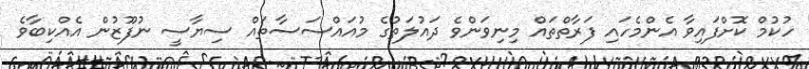
ހުކުމް ކޮށްފައިވާ އެންމެހައި ފަރާތްތައް މިނިވަންވެ ދައުލަތުގެ މުއައްސަސާތައް ސިޔާސީ ނުފޫޒުން އެއްކިބާވެ